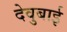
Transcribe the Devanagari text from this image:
देवुबाई